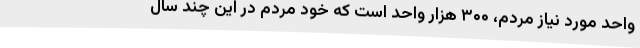
واحد مورد نیاز مردم، ۳۰۰ هزار واحد است که خود مردم در این چند سال